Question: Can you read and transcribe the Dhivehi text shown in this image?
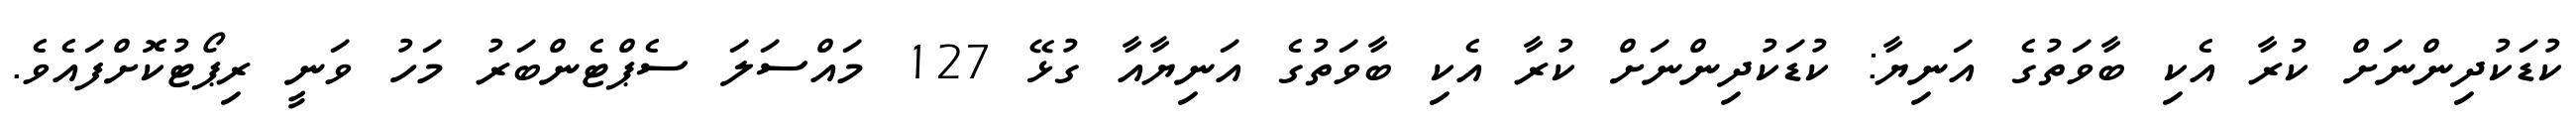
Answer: ކުޑަކުދިންނަށް ކުރާ އެކި ބާވަތުގެ އަނިޔާ: ކުޑަކުދިންނަށް ކުރާ އެކި ބާވަތުގެ އަނިޔާއާ ގުޅޭ 127 މައްސަލަ ސެޕްޓެންބަރު މަހު ވަނީ ރިޕޯޓުކޮށްފައެވެ.